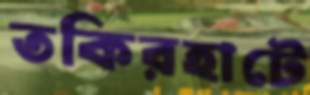
তকিরহাটে